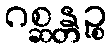
ဂစ္ဆန္တဉ္စ